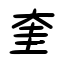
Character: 奎